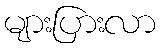
များပြားလာ